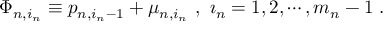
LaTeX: \Phi _ { n , i _ { n } } \equiv p _ { n , i _ { n } - 1 } + \mu _ { n , i _ { n } } \ , \ \i _ { n } = 1 , 2 , \cdots , m _ { n } - 1 \ .